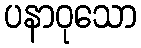
ပနာဝုသော